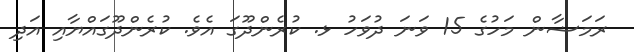
ރަމަޟާން މަހުގެ 15 ވަނަ ދުވަހު ޅ. ކުރެންދޫގަ އެވެ. ކުރެންދޫގައްޔާއި އަދި